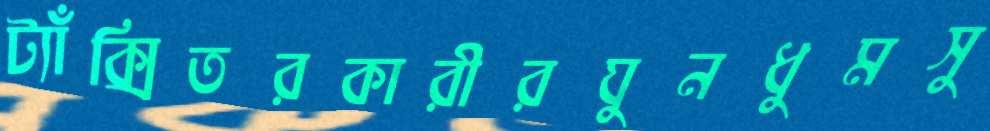
ট্যাঁক্সিতরকারীরঘুনধুমসু